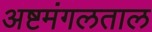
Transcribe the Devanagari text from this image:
अष्टमंगलताल